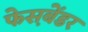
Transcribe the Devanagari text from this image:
फेस़बेंडर